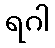
ရဂါ